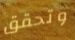
وتحقق